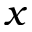
x